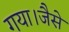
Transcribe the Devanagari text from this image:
गया।जैसे